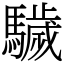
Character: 䮹